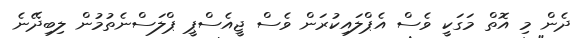
ދެން މި އޮތް މަގަކީ ވެސް އެޕްލައިކުރަން ވެސް ޖީއެސްޕީ ޕްލަސްނެތުމުން ލިބިދޭނެ